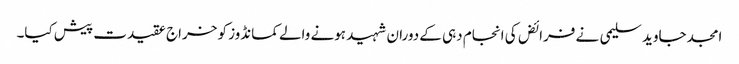
امجد جاوید سلیمی نے فرائض کی انجام دہی کے دوران شہید ہونے والے کمانڈوز کو خراج عقیدت پیش کیا۔